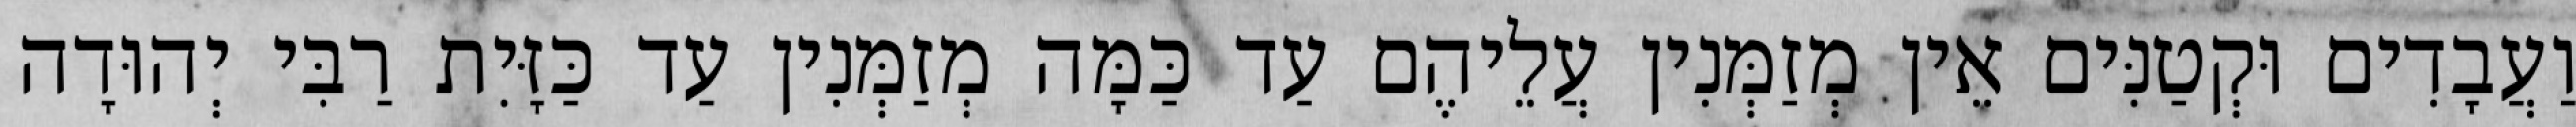
וַעֲבָדִים וּקְטַנִּים אֵין מְזַמְּנִין עֲלֵיהֶם עַד כַּמָּה מְזַמְּנִין עַד כַּזָּיִת רַבִּי יְהוּדָה